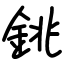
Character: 銚